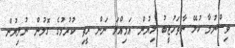
ވިސްނުމާ ކުޅޭ ނާތަހުޒީބު ލިޔުން އަމިއްލަ ނަން ރީތި ކުރުމުގެ ގޮލުން ނުލިޔުން